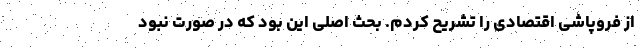
از فروپاشی اقتصادی را تشریح کردم. بحث اصلی این بود که در صورت نبود